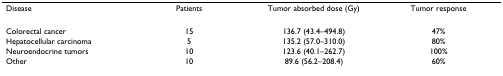
<table><thead><tr><td><b>Disease</b></td><td><b>Patients</b></td><td><b>Tumor absorbed dose (Gy)</b></td><td><b>Tumor response</b></td></tr></thead><tbody><tr><td>Colorectal cancer</td><td>15</td><td>136.7 (43.4–494.8)</td><td>47%</td></tr><tr><td>Hepatocellular carcinoma</td><td>5</td><td>135.2 (57.0–310.0)</td><td>80%</td></tr><tr><td>Neuroendocrine tumors</td><td>10</td><td>123.6 (40.1–262.7)</td><td>100%</td></tr><tr><td>Other</td><td>10</td><td>89.6 (56.2–208.4)</td><td>60%</td></tr></tbody></table>